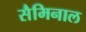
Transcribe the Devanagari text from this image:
सैमिनाल